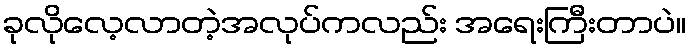
ခုလိုလေ့လာတဲ့အလုပ်ကလည်း အရေးကြီးတာပဲ။